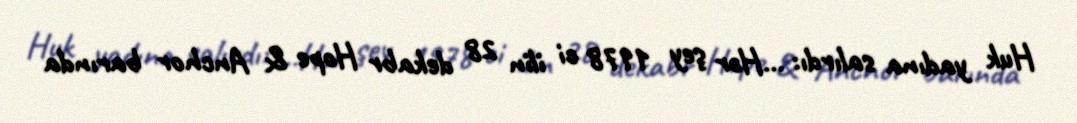
Huk yadına salırdı: …Hər şey 1978 ci ilin 28 dekabr Hope & Anchor barında